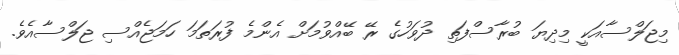
މިޖަލްސާއަކީ މިދިޔަ ބުރާސްފަތި ދުވަހުގެ ރޭ ބޭއްވުމަށް އެންމެ ފުރަތަމަ ހަމަޖެއްސި ޖަލްސާއެވެ.